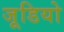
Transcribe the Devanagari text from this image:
जूडियो